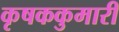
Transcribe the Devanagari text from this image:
कृषककुमारी